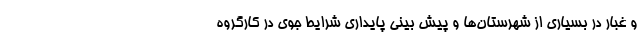
و غبار در بسیاری از شهرستان‌ها و پیش بینی پایداری شرایط جوی در کارگروه